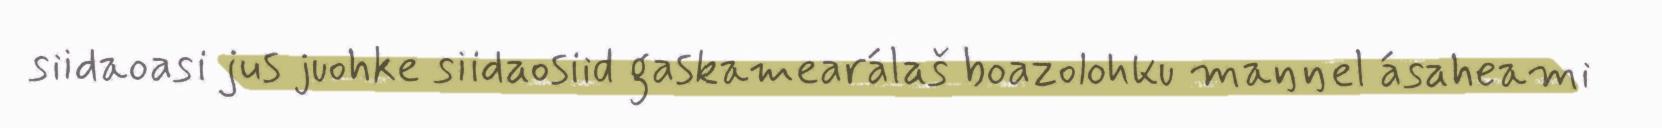
siidaoasi jus juohke siidaosiid gaskamearálaš boazolohku maŋŋel ásaheami